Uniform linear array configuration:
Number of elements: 4
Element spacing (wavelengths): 1
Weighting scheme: binomial
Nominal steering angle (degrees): -15
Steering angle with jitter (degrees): -16.109
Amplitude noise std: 0.05
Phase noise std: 0.05

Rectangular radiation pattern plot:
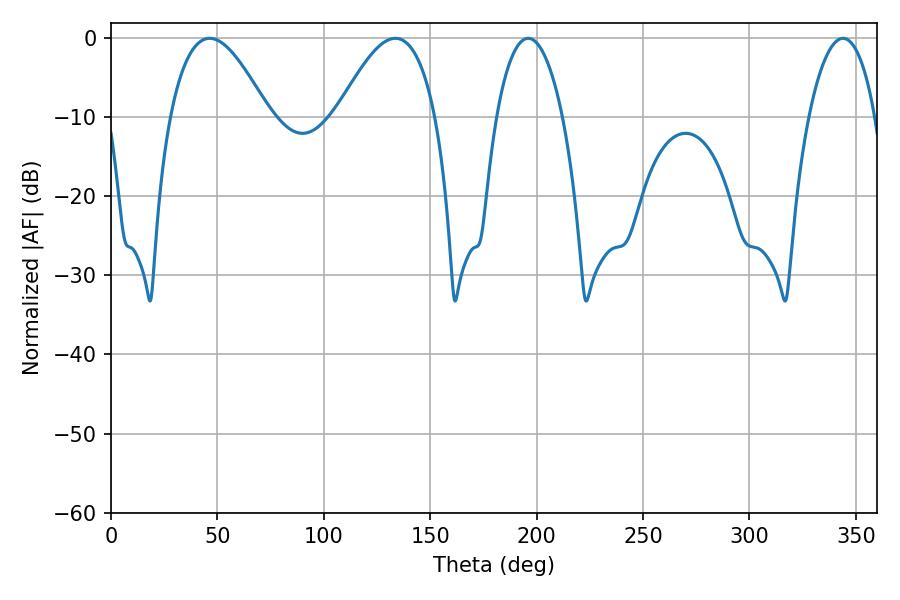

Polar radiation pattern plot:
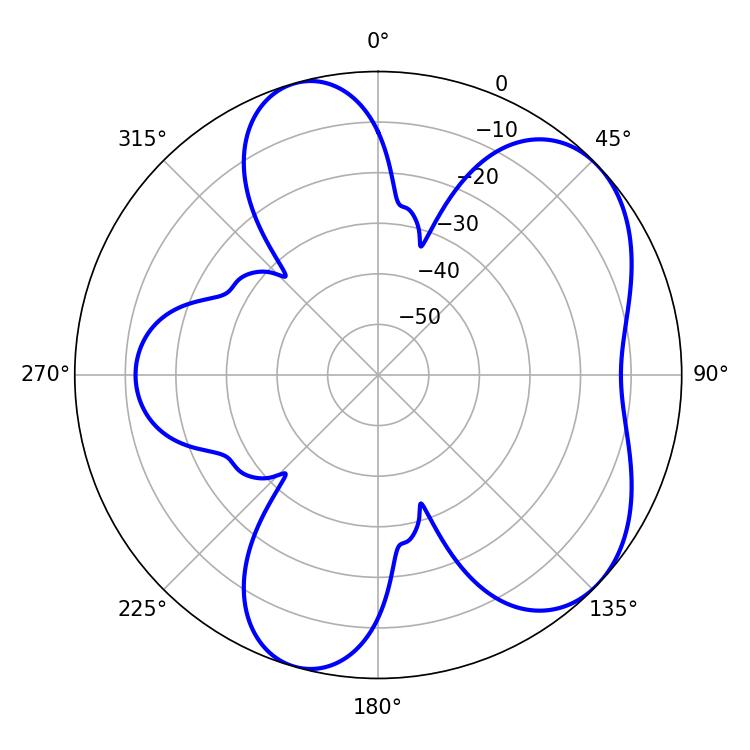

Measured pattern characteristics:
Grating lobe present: TRUE
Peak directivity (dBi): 5.809
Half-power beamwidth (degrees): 17.46
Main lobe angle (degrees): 343.98